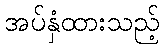
အပ်နှံထားသည့်